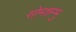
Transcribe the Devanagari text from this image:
सोमशम्भु